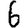
Digit: 6